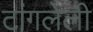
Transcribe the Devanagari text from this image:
टांगलेली